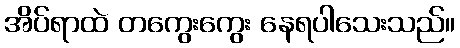
အိပ်ရာထဲ တကွေးကွေး နေရပါသေးသည်။